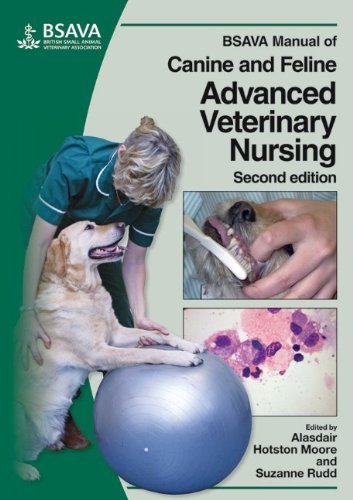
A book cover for By : BSAVA Manual of Canine and Feline Advanced Veterinary Nursing (BSAVA British Small Animal Veterinary Association) Second (2nd) Edition; Author; Medical Books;